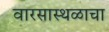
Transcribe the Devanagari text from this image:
वारसास्थळाचा